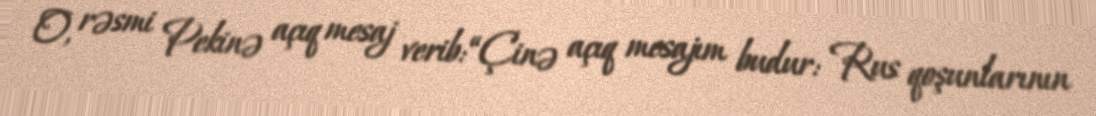
O, rəsmi Pekinə açıq mesaj verib: “Çinə açıq mesajım budur: Rus qoşunlarının